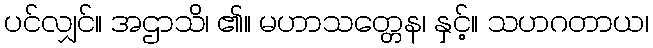
ပင်လျှင်။ အဌာသိ၊ ၏။ မဟာသတ္တေန၊ နှင့်။ သဟဂတာယ၊